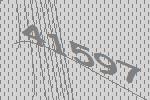
41597